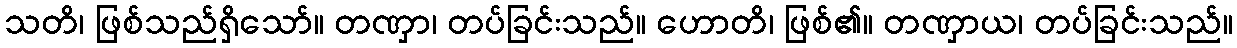
သတိ၊ ဖြစ်သည်ရှိသော်။ တဏှာ၊ တပ်ခြင်းသည်။ ဟောတိ၊ ဖြစ်၏။ တဏှာယ၊ တပ်ခြင်းသည်။